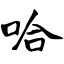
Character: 哈